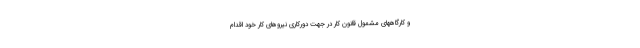
و کارگاههای مشمول قانون کار در جهت دورکاری نیروهای کار خود اقدام